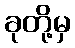
ခုတို့မှ